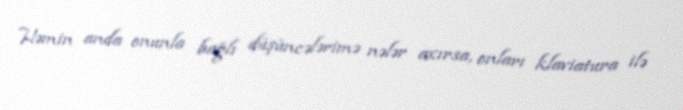
Həmin anda onunla bağlı düşüncələrimə nələr axırsa, onları klaviatura ilə